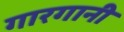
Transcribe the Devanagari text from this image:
गारगानी